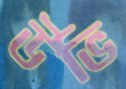
উভি